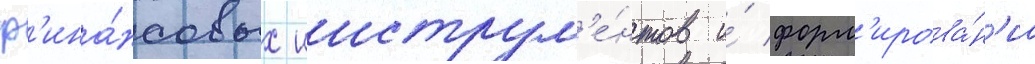
ф'ина́нсовых инструм'е́нтов и́ форм'ирова́н'иа